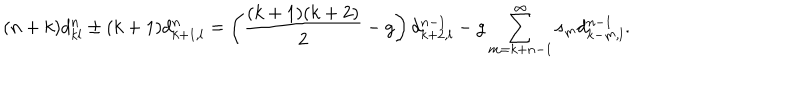
( n + k ) d _ { k l } ^ { n } \pm ( k + 1 ) d _ { k + 1 , l } ^ { n } = \left( \frac { ( k + 1 ) ( k + 2 ) } { 2 } - g \right) d _ { k + 2 , l } ^ { n - 1 } - g \sum _ { m = k + n - 1 } ^ { \infty } s _ { m } d _ { k - m , l } ^ { n - 1 } .